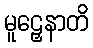
မူဠှေနာတိ